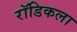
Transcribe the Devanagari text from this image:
रॉडिकला